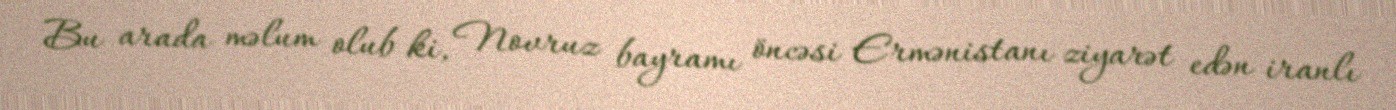
Bu arada məlum olub ki, Novruz bayramı öncəsi Ermənistanı ziyarət edən iranlı